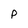
Character: p